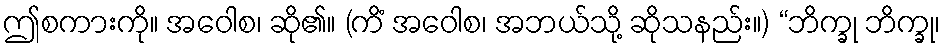
ဤစကားကို။ အဝေါစ၊ ဆို၏။ (ကိံ အဝေါစ၊ အဘယ်သို့ ဆိုသနည်း။) “ဘိက္ခု ဘိက္ခု၊